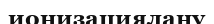
ионизациялану